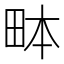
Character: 𤱙